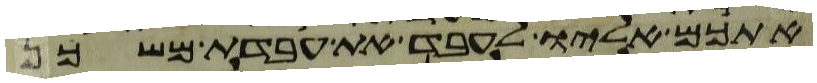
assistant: אתכם אליו לעבד את עבדת משכן